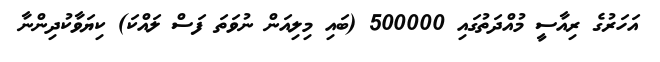
އަހަރުގެ ރިއާސީ މުއްދަތުގައި 500000 (ބައި މިިލިއަން ނުވަތަ ފަސް ލައްކަ) ކިޔަވާކުދިންނާ